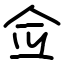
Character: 佥